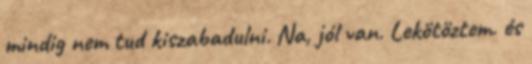
mindig nem tud kiszabadulni. Na, jól van. Lekötöztem. és